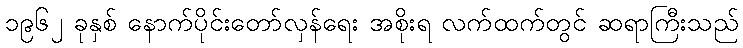
၁၉၆၂ ခုနှစ် နောက်ပိုင်းတော်လှန်ရေး အစိုးရ လက်ထက်တွင် ဆရာကြီးသည်